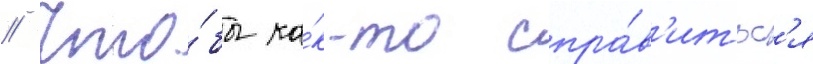
// Что́бы ка́к-то спра́в'итьс'я